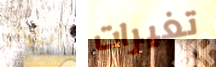
ايهم تغيرات